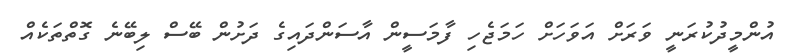
އުންމީދުކުރަނީ ވަރަށް އަވަހަށް ހަމަޖެހި ފާމަސީން އާސަންދައިގެ ދަށުން ބޭސް ލިބޭނެ ގޮތްތަކެއް